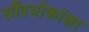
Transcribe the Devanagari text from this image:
सौंदर्याकांक्षा